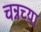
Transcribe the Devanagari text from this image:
चन्नच्या